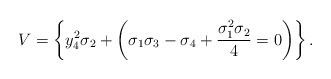
LaTeX: \begin{align*} V = \left\{ y_4^2 \sigma_2 + \left( \sigma_1 \sigma_3 - \sigma_4 + \frac{\sigma_1^2 \sigma_2}{4} = 0 \right) \right\}.\end{align*}